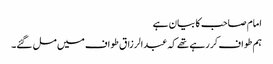
امام صاحب کا بیان ہے
ہم طواف کر رہے تھے کہ عبدالرزاق طواف میں مل گئے۔